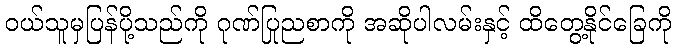
ဝယ်သူမှပြန်ပို့သည်ကို ဂုဏ်ပြုညစာကို အဆိုပါလမ်းနှင့် ထိတွေ့နိုင်ခြေကို